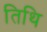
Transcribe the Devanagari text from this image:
तिथि